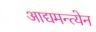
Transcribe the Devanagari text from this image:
आद्यमन्त्येन